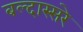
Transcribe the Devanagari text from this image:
बल्दास्सरे